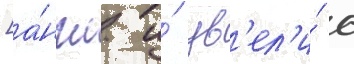
[а́нгл. и́ ув'ел'и́ с